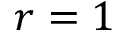
r = 1